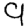
Digit: 9